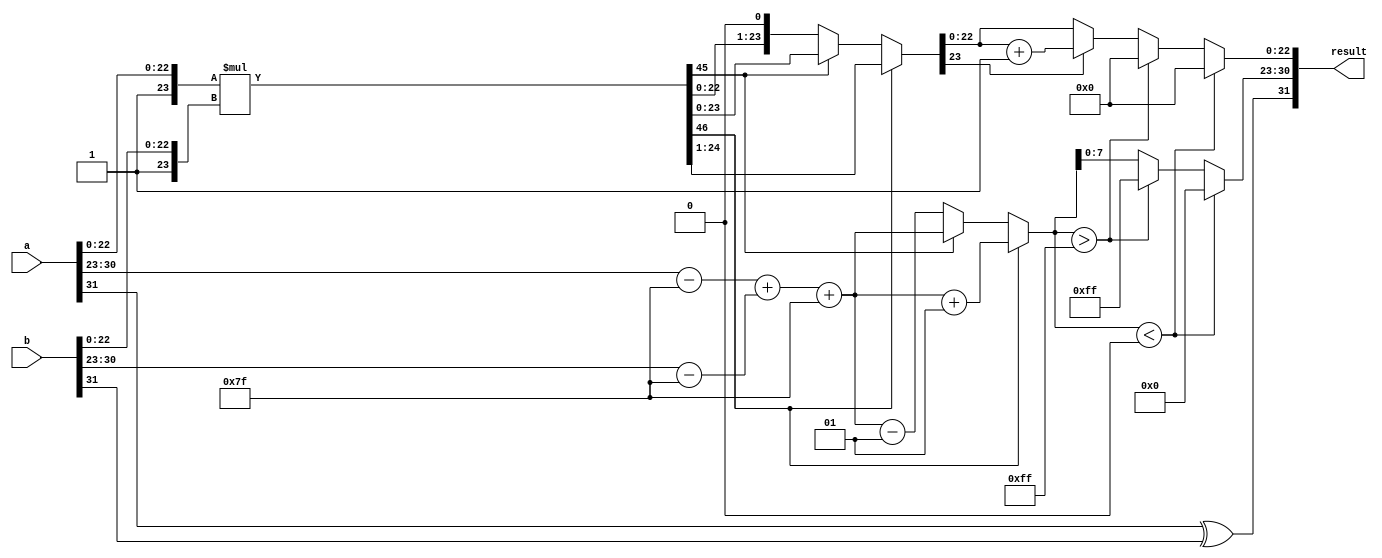
module radix2_fp_multiplier (
    input wire [31:0] a, // First floating-point number
    input wire [31:0] b, // Second floating-point number
    output reg [31:0] result // Resulting floating-point number
);

    // Extract sign, exponent, and significand
    wire sign_a = a[31];
    wire sign_b = b[31];
    wire [7:0] exp_a = a[30:23];
    wire [7:0] exp_b = b[30:23];
    wire [22:0] sig_a = a[22:0];
    wire [22:0] sig_b = b[22:0];

    // Calculate adjusted exponents
    wire signed [8:0] adjusted_exp_a = {1'b0, exp_a} - 9'd127;
    wire signed [8:0] adjusted_exp_b = {1'b0, exp_b} - 9'd127;

    // Sign of the result
    wire sign_result = sign_a ^ sign_b;

    // Multiplying significands with implicit leading 1
    wire [46:0] significand_a = {1'b1, sig_a}; // 1.M_a
    wire [46:0] significand_b = {1'b1, sig_b}; // 1.M_b
    wire [46:0] significand_product = significand_a * significand_b;

    // Exponent calculation
    wire signed [8:0] exp_result = adjusted_exp_a + adjusted_exp_b + 9'd127;

    // Normalization
    reg [46:0] normalized_sig;
    reg signed [8:0] final_exp;
    always @(*) begin
        if (significand_product[46]) begin
            // Product is greater than or equal to 2
            normalized_sig = significand_product >> 1;
            final_exp = exp_result + 1;
        end else if (significand_product[45]) begin
            // Already normalized
            normalized_sig = significand_product;
            final_exp = exp_result;
        end else begin
            // Product is less than 1
            normalized_sig = significand_product << 1;
            final_exp = exp_result - 1;
        end
    end

    // Rounding
    reg [22:0] rounded_sig;
    always @(*) begin
        // Round to nearest (simple rounding)
        if (normalized_sig[23]) begin
            rounded_sig = normalized_sig[22:0] + 1; // Round up
        end else begin
            rounded_sig = normalized_sig[22:0]; // Round down
        end
    end

    // Output formatting
    always @(*) begin
        result[31] = sign_result; // Sign bit
        if (final_exp < 0) begin
            result[30:23] = 8'b0; // Underflow
            result[22:0] = 23'b0; // Zero significand
        end else if (final_exp > 255) begin
            result[30:23] = 8'b11111111; // Overflow
            result[22:0] = 23'b0; // Zero significand
        end else begin
            result[30:23] = final_exp[7:0]; // Exponent
            result[22:0] = rounded_sig; // Significand
        end
    end

endmodule